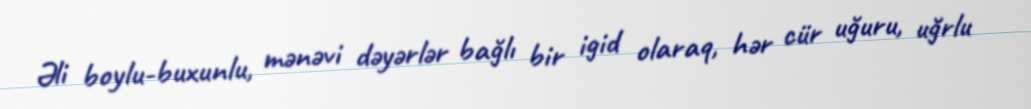
Əli boylu-buxunlu, mənəvi dəyərlər bağlı bir igid olaraq, hər cür uğuru, uğrlu